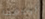
أحدهما